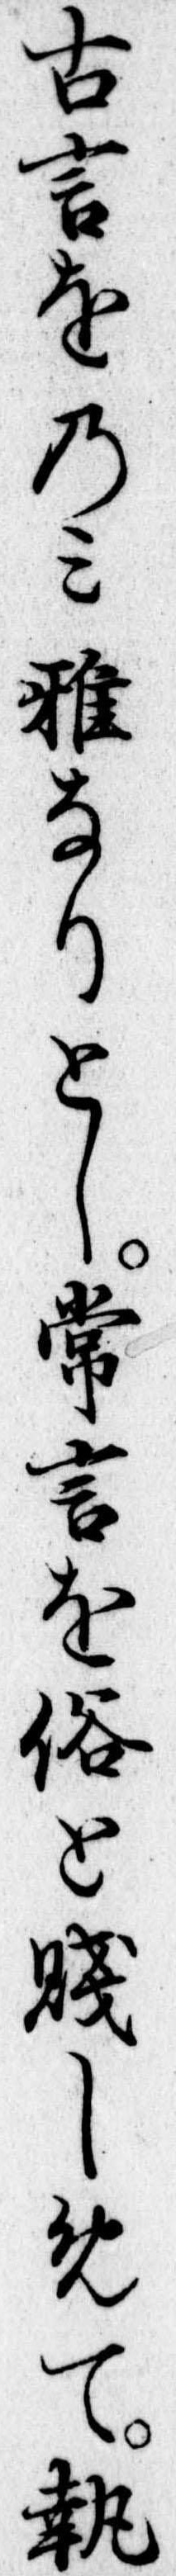
古言をのみ雅なりとし常言を俗と賎しめて執